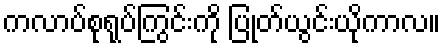
ကလာပ်စုရုပ်ကြွင်းကို ပြုတ်ယွင်းယိုကာလ။